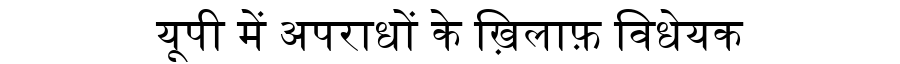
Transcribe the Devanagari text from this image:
यूपी में अपराधों के ख़िलाफ़ विधेयक